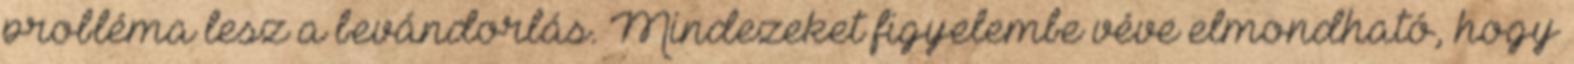
probléma lesz a bevándorlás. Mindezeket figyelembe véve elmondható, hogy